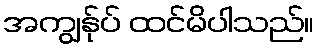
အကျွန်ုပ် ထင်မိပါသည်။